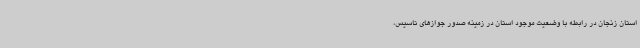
استان زنجان در رابطه با وضعیت موجود استان در زمینه صدور جوازهای تاسیس،